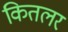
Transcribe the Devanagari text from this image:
कितलर